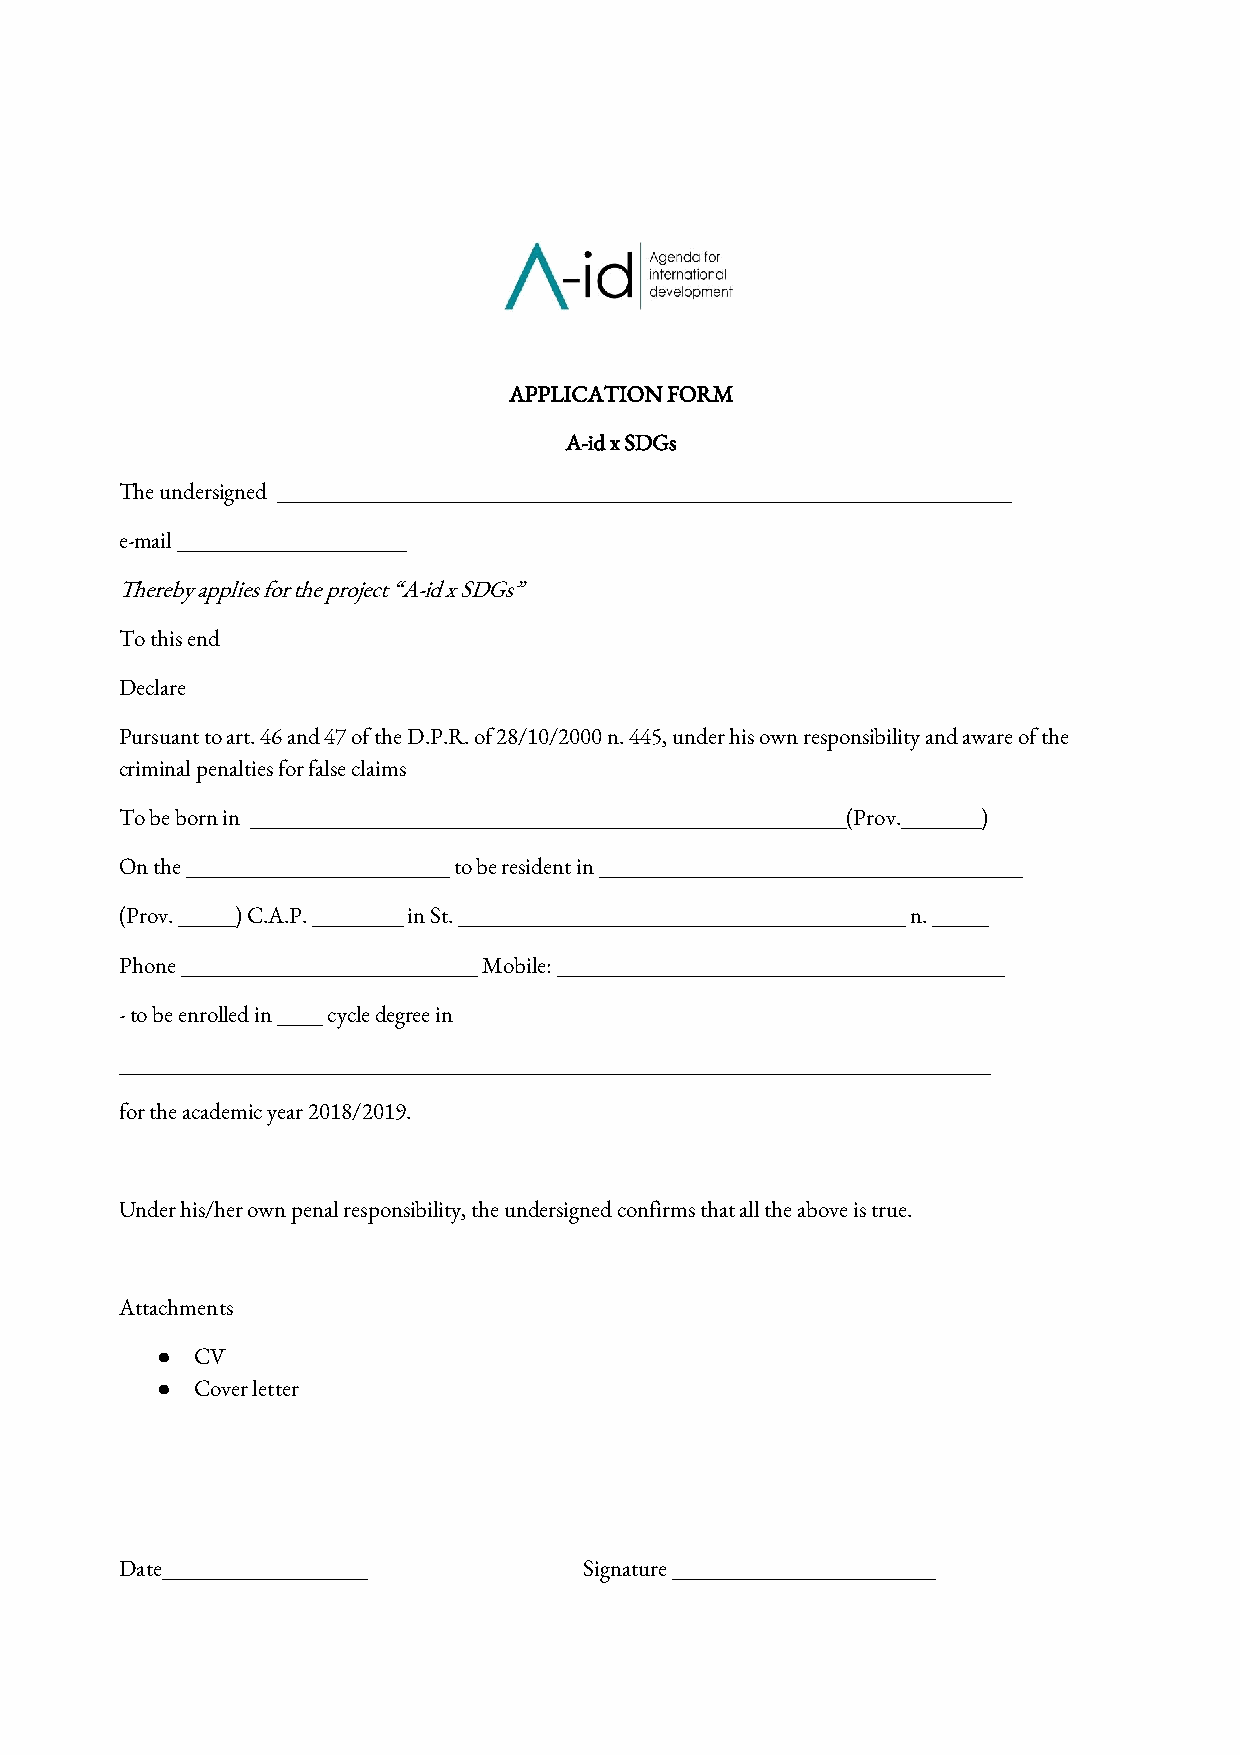
APPLICATION FORM
 A-id x SDGs
 The undersigned ________________________________________________________________
 e-mail ____________________
 Thereby applies for the project “A-id x SDGs”
 To this end
 Declare
 Pursuant to art. 46 and 47 of the D.P.R. of 28/10/2000 n. 445, under his own responsibility and aware of the
 criminal penalties for false claims
 To be born in ____________________________________________________(Prov._______)
 On the _______________________ to be resident in _____________________________________
 (Prov. _____) C.A.P. ________ in St. _______________________________________ n. _____
 Phone __________________________ Mobile: _______________________________________
 - to be enrolled in ____ cycle degree in
 ____________________________________________________________________________
 for the academic year 2018/2019.
 Under his/her own penal responsibility, the undersigned confirms that all the above is true.
 Attachments
 ●  CV
 ●  Cover letter
 Date__________________         Signature _______________________